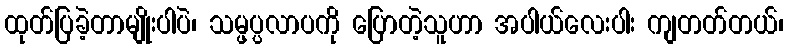
ထုတ်ပြခဲ့တာမျိုးပါပဲ၊ သမ္ဖပ္ပလာပကို ပြောတဲ့သူဟာ အပါယ်လေးပါး ကျတတ်တယ်၊